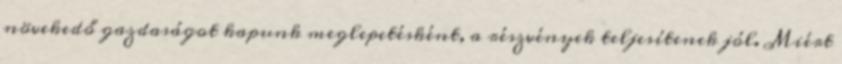
növekedő gazdaságot kapunk meglepetésként, a részvények teljesítenek jól. Miért